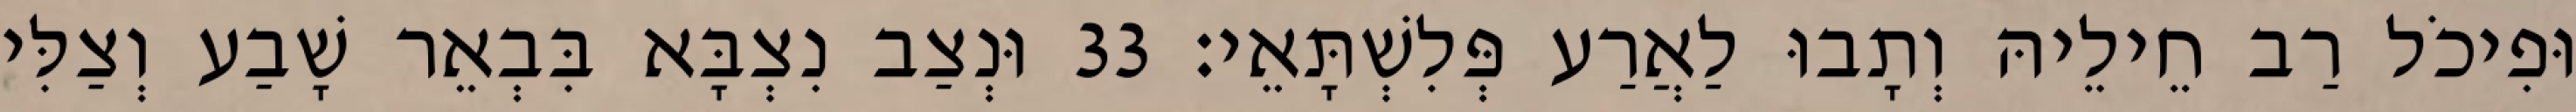
וּפִיכֹל רַב חֵילֵיהּ וְתָבוּ לַאֲרַע פְּלִשְׁתָּאֵי׃ 33 וּנְצַב נִצְבָּא בִּבְאֵר שָׁבַע וְצַלִּי